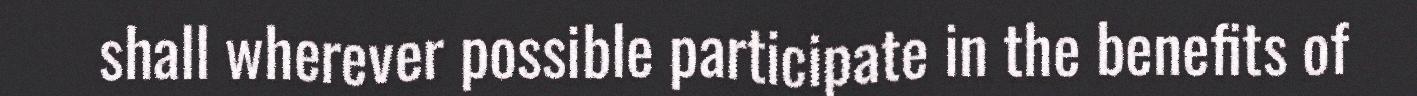
shall wherever possible participate in the benefits of